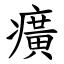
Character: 癀